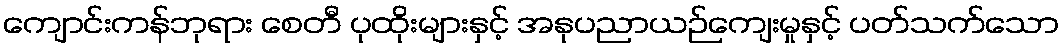
ကျောင်းကန်ဘုရား စေတီ ပုထိုးများနှင့် အနုပညာယဉ်ကျေးမှုနှင့် ပတ်သက်သော